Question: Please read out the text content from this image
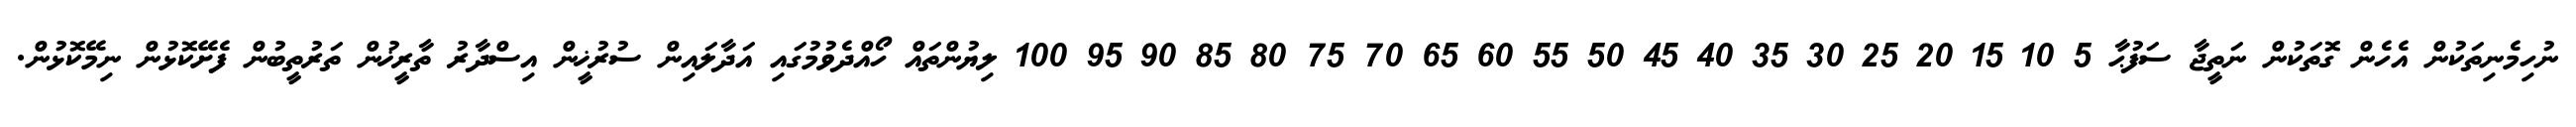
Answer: ނުހިމެނިތަކުން އެހެން ގޮތަކުން ނަތީޖާ ސަފުޙާ 5 10 15 20 25 30 35 40 45 50 55 60 65 70 75 80 85 90 95 100 ލިޔުންތައް ހޯއްދެވުމުގައި އަދާލައިން ސުރުޚީން އިސްދާރު ތާރީޚުން ތަރުތީބުން ފެށޭކޮޅުން ނިމޭކޮޅުން.